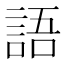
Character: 語